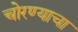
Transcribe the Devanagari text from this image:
चोरण्याचा